Indian journal of veterinary science and animal husbandry - Volume 9,
Year: 1939
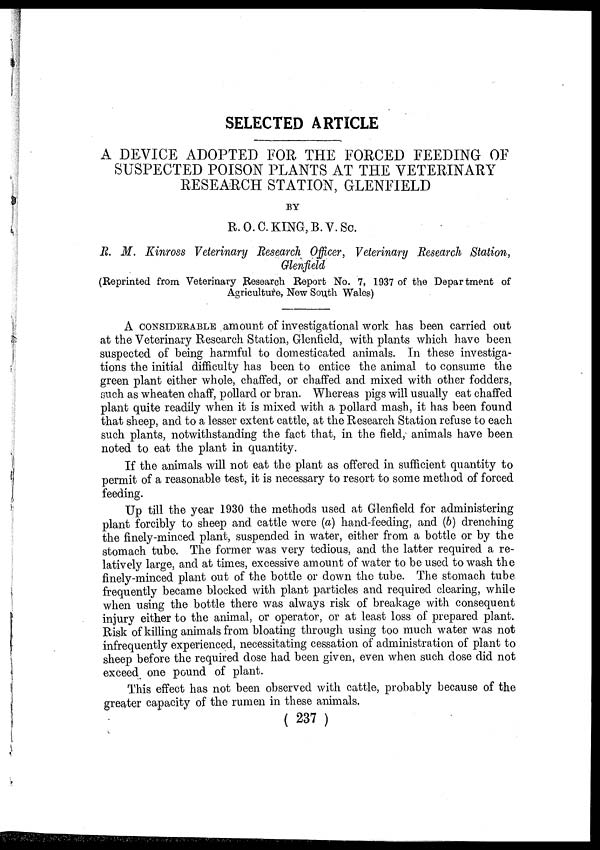
SELECTED ARTICLE
A DEVICE ADOPTED FOR THE FORCED FEEDING OF
SUSPECTED POISON PLANTS AT THE VETERINARY
RESEARCH STATION, GLENFIELD
BY
R.O.C.KING, B.V.Sc.
R. M. Kinross Veterinary Research Officer, Veterinary Research Station,
Glenfield
(Reprinted from Veterinary Research Report No. 7, 1937 of the Department of
Agriculture, New South Wales)
A CONSIDERABLE amount of investigational work has been carried out
at the Veterinary Research Station, Glenfield, with plants which have been
suspected of being harmful to domesticated animals. In these investiga-
tions the initial difficulty has been to entice the animal to consume the
green plant either whole, chaffed, or chaffed and mixed with other fodders,
such as wheaten chaff, pollard or bran. Whereas pigs will usually eat chaffed
plant quite readily when it is mixed with a pollard mash, it has been found
that sheep, and to a lesser extent cattle, at the Research Station refuse to each
such plants, notwithstanding the fact that, in the field, animals have been
noted to eat the plant in quantity.
If the animals will not eat the plant as offered in sufficient quantity to
permit of a reasonable test, it is necessary to resort to some method of forced
feeding.
Up till the year 1930 the methods used at Glenfield for administering
plant forcibly to sheep and cattle were (a) hand-feeding, and (b) drenching
the finely-minced plant, suspended in water, either from a bottle or by the
stomach tube. The former was very tedious, and the latter required a re-
latively large, and at times, excessive amount of water to be used to wash the
finely-minced plant out of the bottle or down the tube. The stomach tube
frequently became blocked with plant particles and required clearing, while
when using the bottle there was always risk of breakage with consequent
injury either to the animal, or operator, or at least loss of prepared plant.
Risk of killing animals from bloating through using too much water was not
infrequently experienced, necessitating cessation of administration of plant to
sheep before the required dose had been given, even when such dose did not
exceed one pound of plant.
This effect has not been observed with cattle, probably because of the
greater capacity of the rumen in these animals.
( 237 )